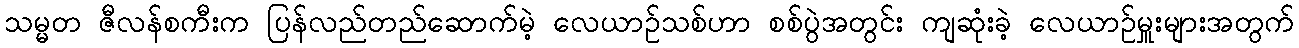
သမ္မတ ဇီလန်စကီးက ပြန်လည်တည်ဆောက်မဲ့ လေယာဉ်သစ်ဟာ စစ်ပွဲအတွင်း ကျဆုံးခဲ့ လေယာဉ်မှူးများအတွက်